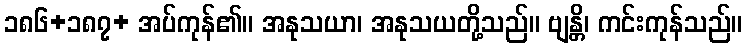
၁၈၆+၁၈၇+ အပ်ကုန်၏။ အနုသယာ၊ အနုသယတို့သည်။ ဗျန္တိ၊ ကင်းကုန်သည်။